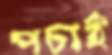
পচাই